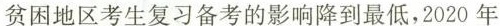
贫困地区考生复习备考的影响降到最低，2020年